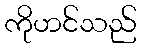
ကိုဟင်သည်